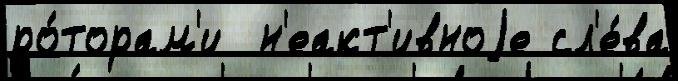
ро́торам'и  н'еакт'ивноjе сл'е́ва